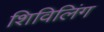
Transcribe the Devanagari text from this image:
शिविलिंग